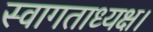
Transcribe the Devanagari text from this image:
स्वागताध्यक्ष।